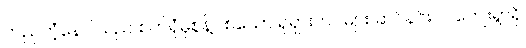
တည်တံ့နေပါသည် စက်ရုံမှစွန့်ပစ်သော ရုရှားတပ်များ ဆင်နင်းပင်ကျေးရွာရှိ